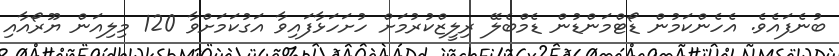
ބުނެފައެވެ. އެހެންކަމުން ޑޯޓްމަންޑުން ޑެމްބެލޭ ރިލީޒްކުރުމަށް ހުށަހަޅާފައިވާ އަގުކަމަށްވާ 120 މިލިއަން ޔޫރޯއާއި